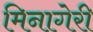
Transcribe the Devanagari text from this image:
मिनागेरी